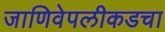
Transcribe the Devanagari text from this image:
जाणिवेपलीकडचा